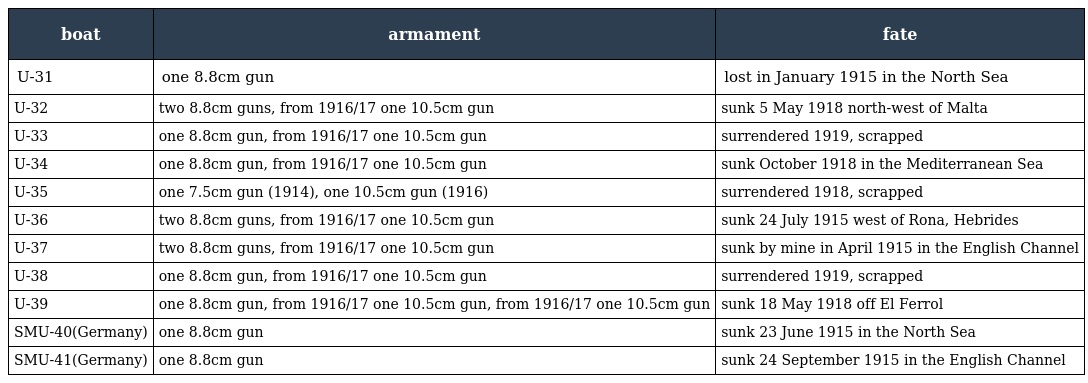
| boat | armament | fate |
 | --- | --- | --- |
 | U-31 | one 8.8cm gun | lost in January 1915 in the North Sea |
 | U-32 | two 8.8cm guns, from 1916/17 one 10.5cm gun | sunk 5 May 1918 north-west of Malta |
 | U-33 | one 8.8cm gun, from 1916/17 one 10.5cm gun | surrendered 1919, scrapped |
 | U-34 | one 8.8cm gun, from 1916/17 one 10.5cm gun | sunk October 1918 in the Mediterranean Sea |
 | U-35 | one 7.5cm gun (1914), one 10.5cm gun (1916) | surrendered 1918, scrapped |
 | U-36 | two 8.8cm guns, from 1916/17 one 10.5cm gun | sunk 24 July 1915 west of Rona, Hebrides |
 | U-37 | two 8.8cm guns, from 1916/17 one 10.5cm gun | sunk by mine in April 1915 in the English Channel |
 | U-38 | one 8.8cm gun, from 1916/17 one 10.5cm gun | surrendered 1919, scrapped |
 | U-39 | one 8.8cm gun, from 1916/17 one 10.5cm gun, from 1916/17 one 10.5cm gun | sunk 18 May 1918 off El Ferrol |
 | SMU-40(Germany) | one 8.8cm gun | sunk 23 June 1915 in the North Sea |
 | SMU-41(Germany) | one 8.8cm gun | sunk 24 September 1915 in the English Channel |